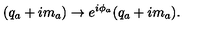
( q _ { a } + i m _ { a } ) \rightarrow e ^ { i \phi _ { a } } ( q _ { a } + i m _ { a } ) .